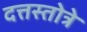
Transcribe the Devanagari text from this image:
दत्तस्तोत्रे